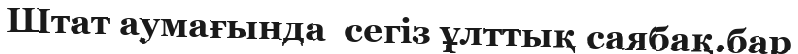
Штат аумағында  сегіз ұлттық саябақ.бар